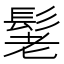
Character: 𮫃